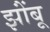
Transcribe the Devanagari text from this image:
झोंंबू